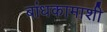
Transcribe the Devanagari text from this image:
बांधकामाशी